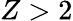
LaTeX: Z>2